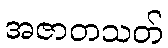
အဇာတသတ်